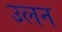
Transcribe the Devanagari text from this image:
उलन